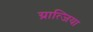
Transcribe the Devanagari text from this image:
ग्रात्जिया